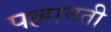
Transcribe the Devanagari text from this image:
पल्लानती